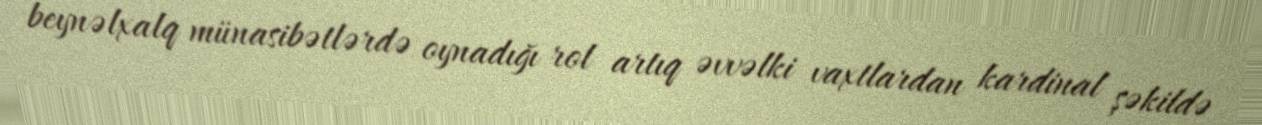
beynəlxalq münasibətlərdə oynadığı rol artıq əvvəlki vaxtlardan kardinal şəkildə